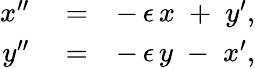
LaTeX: \begin{array}{rlr}{x^{\prime\prime}}&{{}=}&{-\, \epsilon\, x\; +\; y^{\prime},}\\ {y^{\prime\prime}}&{{}=}&{-\, \epsilon\, y\; -\; x^{\prime},}\end{array}